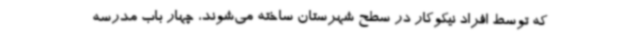
که توسط افراد نیکوکار در سطح شهرستان ساخته می‌شوند، چهار باب مدرسه